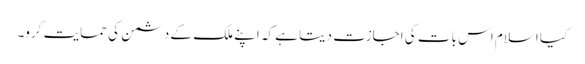
کیا اسلام اس بات کی اجازت دیتا ہے کہ اپنے ملک کے دشمن کی حمایت کرو۔